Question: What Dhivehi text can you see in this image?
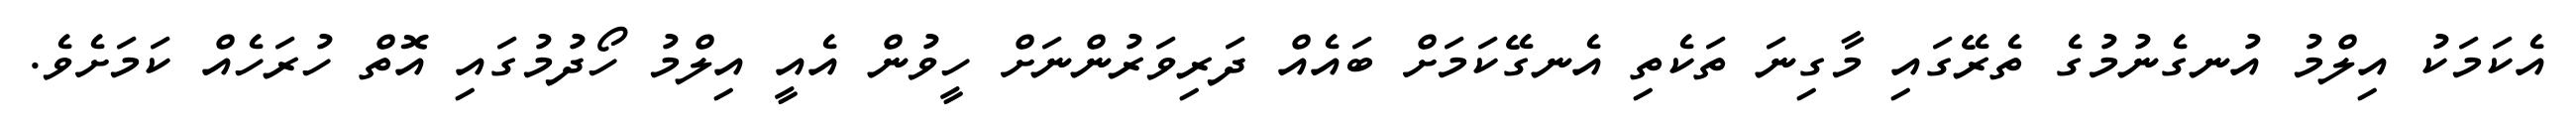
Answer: އެކަމަކު އިލްމު އުނގެނުމުގެ ތެރޭގައި މާގިނަ ތަކެތި އެނގޭކަމަށް ބައެއް ދަރިވަރުންނަށް ހީވުން އެއީ އިލްމު ހޯދުމުގައި އޮތް ހުރަހެއް ކަމަށެވެ.